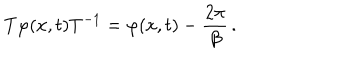
T \varphi ( x , t ) T ^ { - 1 } = \varphi ( x , t ) - \frac { 2 \pi } { \beta } \, .